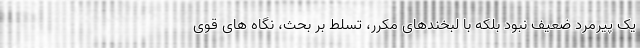
یک پیرمرد ضعیف نبود بلکه با لبخندهای مکرر، تسلط بر بحث، نگاه های قوی